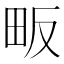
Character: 畈